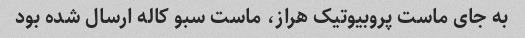
به جای ماست پروبیوتیک هراز، ماست سبو کاله ارسال شده بود